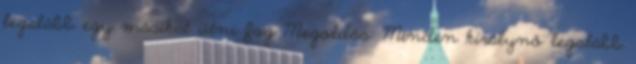
legalább egy másikat ütni fog Megoldás: Minden királynő legalább